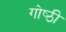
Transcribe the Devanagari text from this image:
गोष्‍ठी